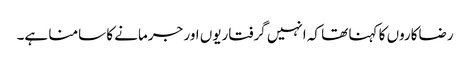
رضاکاروں کا کہنا تھا کہ انہیں گرفتاریوں اور جرمانے کا سامنا ہے۔